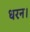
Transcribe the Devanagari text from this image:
धरन।